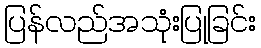
ပြန်လည်အသုံးပြုခြင်း